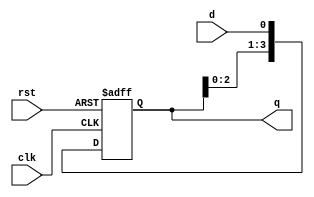
module sipo(clk,rst,d,q);
  
  input clk,rst,d;
  output [3:0] q;
  reg[3:0] temp;
  
  always@(posedge clk,posedge rst) begin
    if(rst == 1)
     temp <= 4'b0000;
   else begin
   temp <= temp << 1;
     temp[0] <= d;
   end
end
assign q = temp;
endmodule